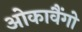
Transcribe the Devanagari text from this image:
ओकावैंगो